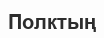
Полктың